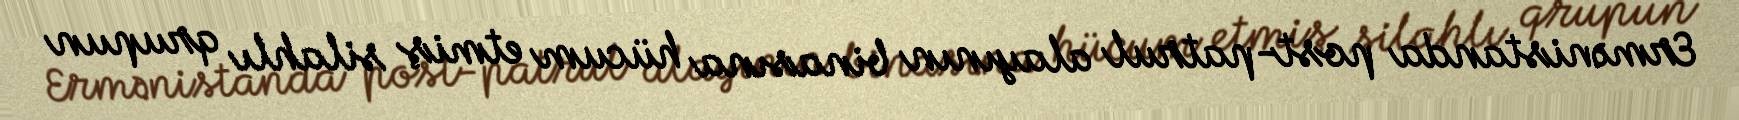
Ermənistanda post-patrul alayının binasına hücum etmiş silahlı qrupun